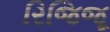
રિજિજૂ